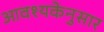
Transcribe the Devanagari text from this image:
आवश्यकेनुसार